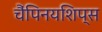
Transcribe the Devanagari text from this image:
चैंपिनयशिप्स